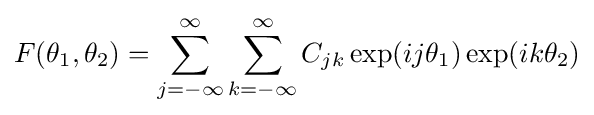
F(\theta _{1},\theta _{2})=\sum _{j=-\infty }^{\infty }\sum _{k=-\infty }^{\infty }C_{jk}\exp(ij\theta _{1})\exp(ik\theta _{2})